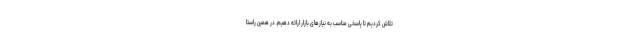
تلاش کردیم تا پاسخی مناسب به نیاز‌های بازار ارائه دهیم. در همین راستا